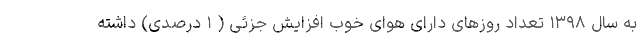
به سال ۱۳۹۸ تعداد روزهای دارای هوای خوب افزایش جزئی ( ۱ درصدی) داشته